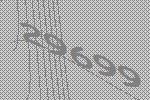
29699